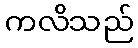
ကလိသည်